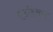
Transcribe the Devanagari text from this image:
एंडरिअस